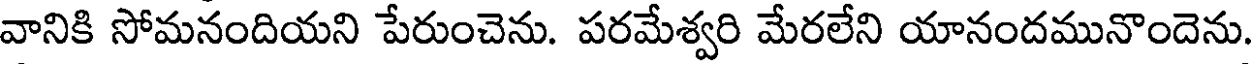
వానికి సోమనందియని పేరుంచెను. పరమేశ్వరి మేరలేని యానందమునొందెను